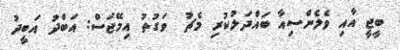
ބީޖީ އާއި ވެލެންސިއާ ބައްދަލުކުރި މެޗު  ވަގުތު އިމޭޖަސް: އަބްދު އަބީދު